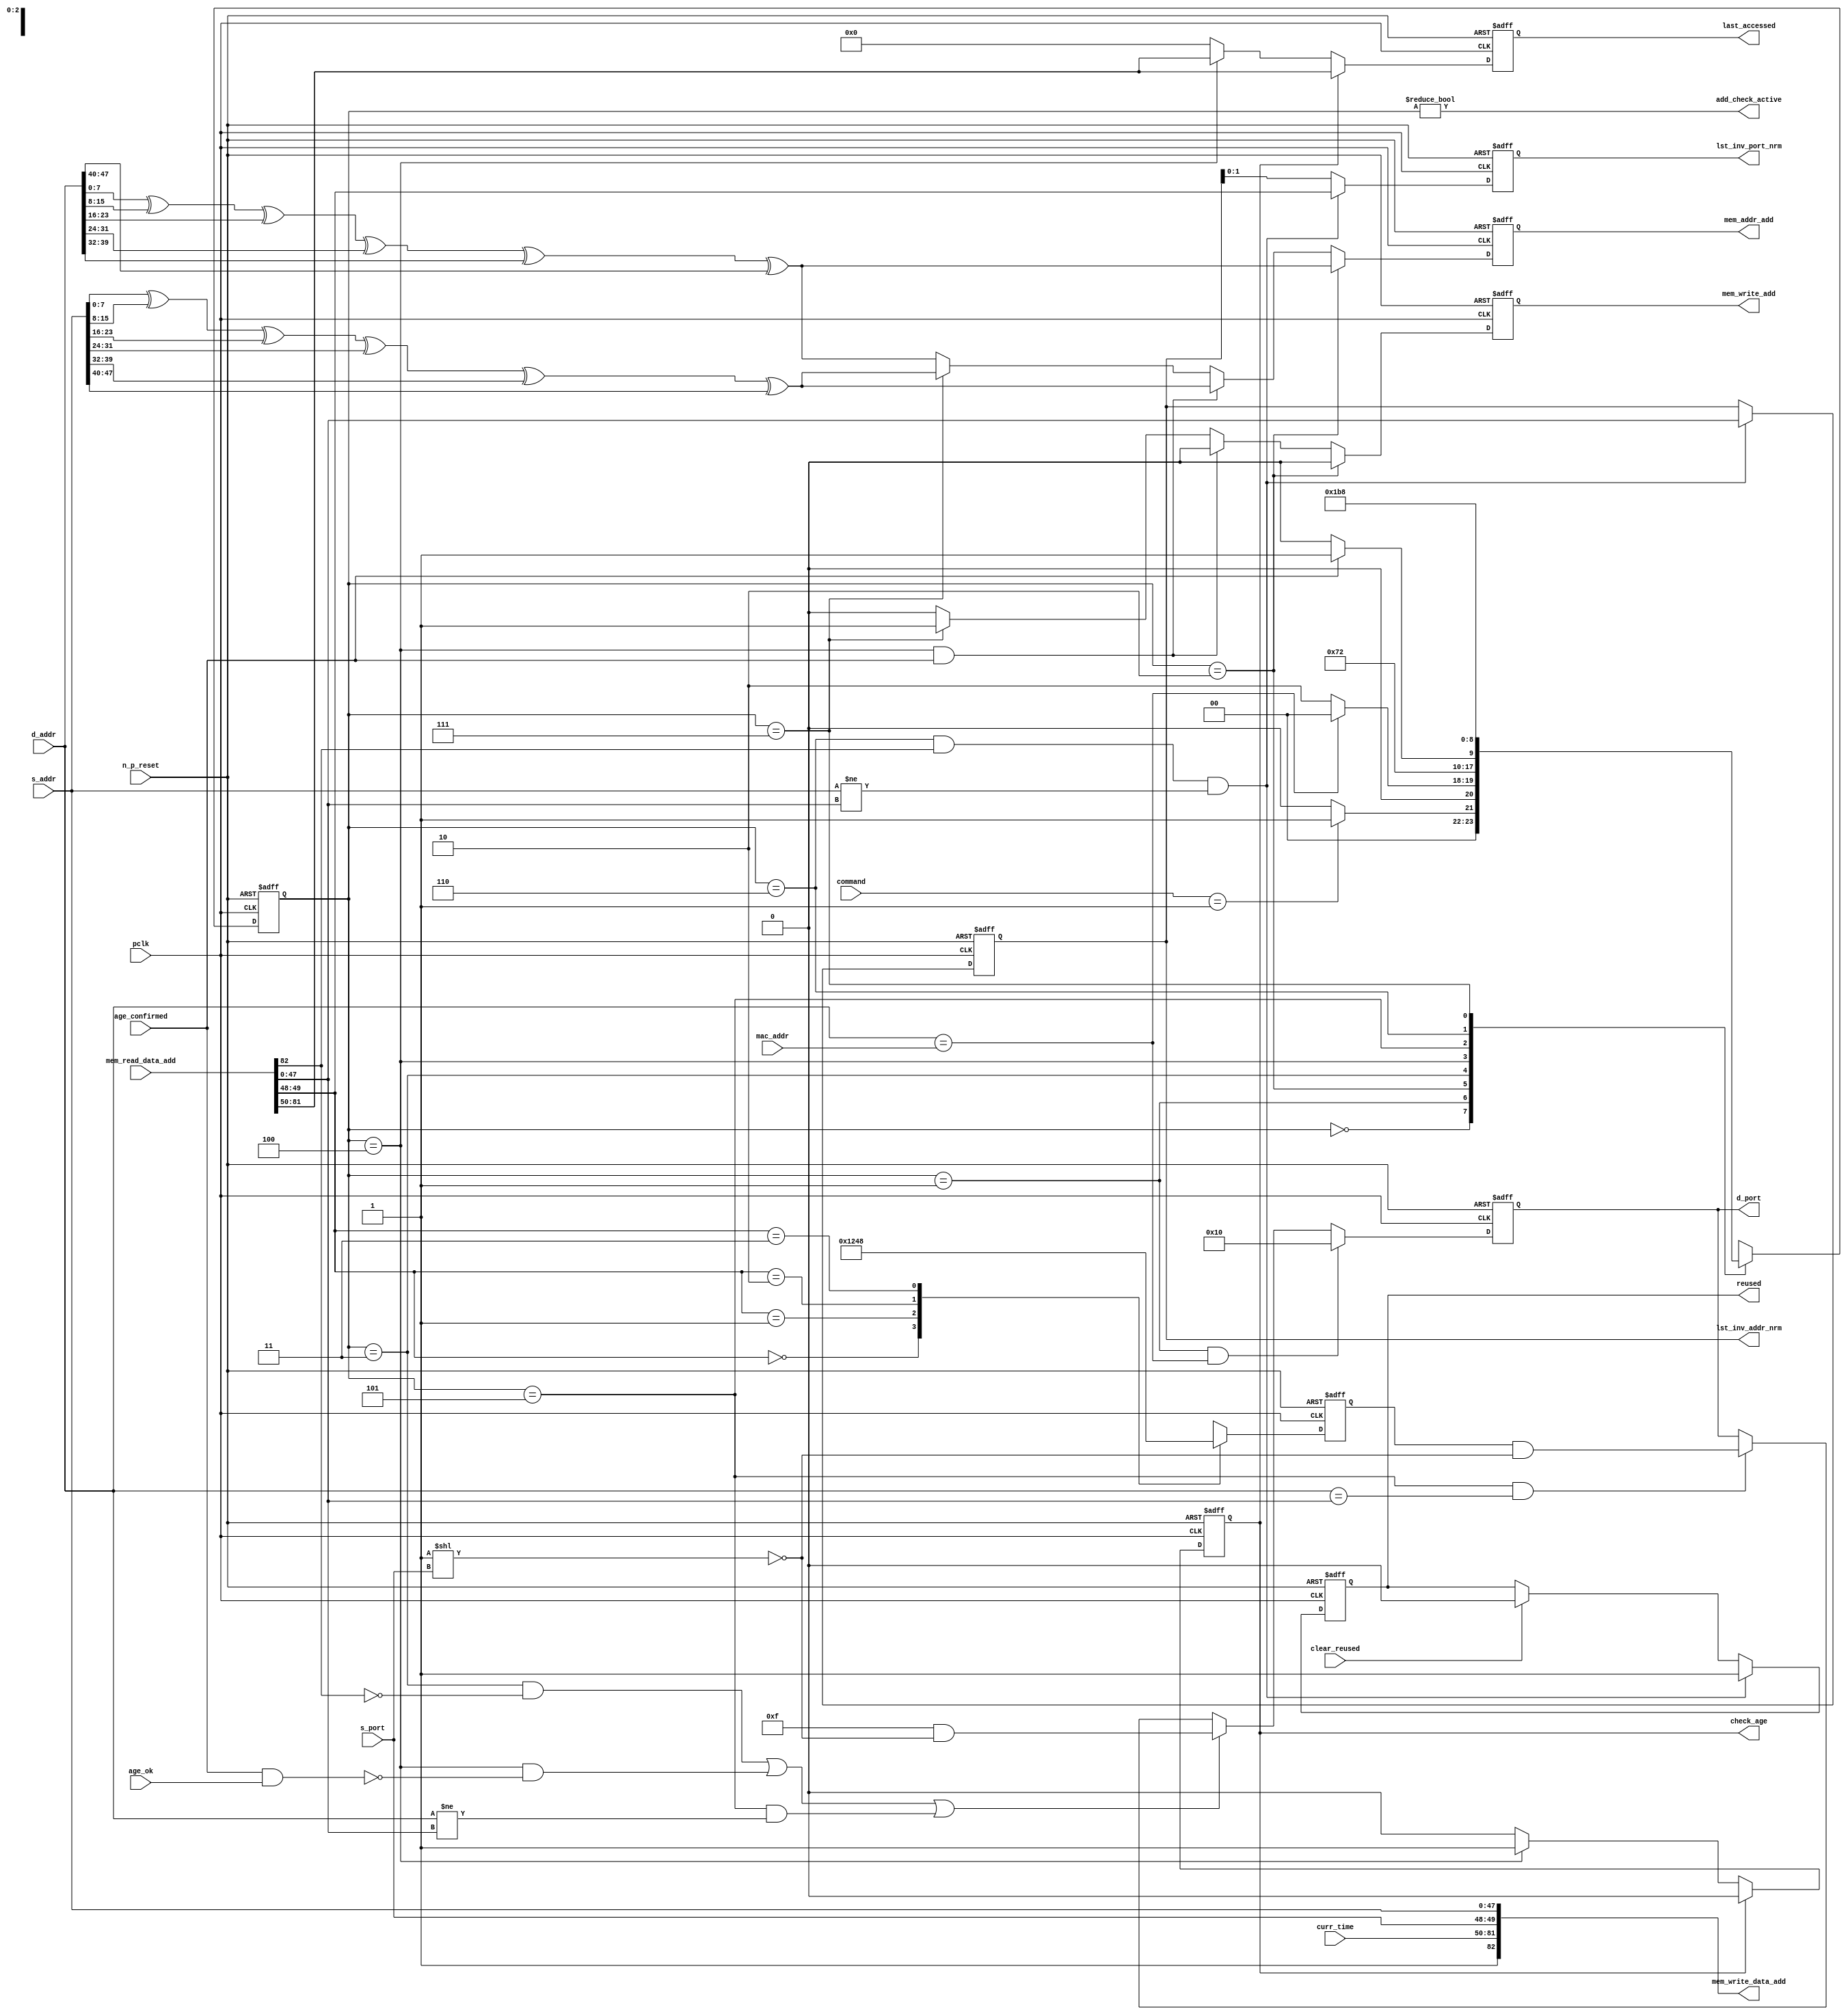
module alut_addr_checker
(   
   // Inputs
   pclk,
   n_p_reset,
   command,
   mac_addr,
   d_addr,
   s_addr,
   s_port,
   curr_time,
   mem_read_data_add,
   age_confirmed,
   age_ok,
   clear_reused,

   //outputs
   d_port,
   add_check_active,
   mem_addr_add,
   mem_write_add,
   mem_write_data_add,
   lst_inv_addr_nrm,
   lst_inv_port_nrm,
   check_age,
   last_accessed,
   reused
);



   input               pclk;               // APB clock                           
   input               n_p_reset;          // Reset                               
   input [1:0]         command;            // command bus                        
   input [47:0]        mac_addr;           // address of the switch              
   input [47:0]        d_addr;             // address of frame to be checked     
   input [47:0]        s_addr;             // address of frame to be stored      
   input [1:0]         s_port;             // source port of current frame       
   input [31:0]        curr_time;          // current time,for storing in mem    
   input [82:0]        mem_read_data_add;  // read data from mem                 
   input               age_confirmed;      // valid flag from age checker        
   input               age_ok;             // result from age checker 
   input               clear_reused;       // read/clear flag for reused signal           

   output [4:0]        d_port;             // calculated destination port for tx 
   output              add_check_active;   // bit 0 of status register           
   output [7:0]        mem_addr_add;       // hash address for R/W to memory     
   output              mem_write_add;      // R/W flag (write = high)            
   output [82:0]       mem_write_data_add; // write data for memory             
   output [47:0]       lst_inv_addr_nrm;   // last invalidated addr normal op    
   output [1:0]        lst_inv_port_nrm;   // last invalidated port normal op    
   output              check_age;          // request flag for age check
   output [31:0]       last_accessed;      // time field sent for age check
   output              reused;             // indicates ALUT location overwritten

   reg   [2:0]         add_chk_state;      // current address checker state
   reg   [2:0]         nxt_add_chk_state;  // current address checker state
   reg   [4:0]         d_port;             // calculated destination port for tx 
   reg   [3:0]         port_mem;           // bitwise conversion of 2bit port
   reg   [7:0]         mem_addr_add;       // hash address for R/W to memory
   reg                 mem_write_add;      // R/W flag (write = high)            
   reg                 reused;             // indicates ALUT location overwritten
   reg   [47:0]        lst_inv_addr_nrm;   // last invalidated addr normal op    
   reg   [1:0]         lst_inv_port_nrm;   // last invalidated port normal op    
   reg                 check_age;          // request flag for age checker
   reg   [31:0]        last_accessed;      // time field sent for age check


   wire   [7:0]        s_addr_hash;        // hash of address for storing
   wire   [7:0]        d_addr_hash;        // hash of address for checking
   wire   [82:0]       mem_write_data_add; // write data for memory  
   wire                add_check_active;   // bit 0 of status register           


// Parameters for Address Checking FSM states
   parameter idle           = 3'b000;
   parameter mac_addr_chk   = 3'b001;
   parameter read_dest_add  = 3'b010;
   parameter valid_chk      = 3'b011;
   parameter age_chk        = 3'b100;
   parameter addr_chk       = 3'b101;
   parameter read_src_add   = 3'b110;
   parameter write_src      = 3'b111;


// -----------------------------------------------------------------------------
//   Hash conversion of source and destination addresses
// -----------------------------------------------------------------------------
   assign s_addr_hash = s_addr[7:0] ^ s_addr[15:8] ^ s_addr[23:16] ^
                        s_addr[31:24] ^ s_addr[39:32] ^ s_addr[47:40];

   assign d_addr_hash = d_addr[7:0] ^ d_addr[15:8] ^ d_addr[23:16] ^
                        d_addr[31:24] ^ d_addr[39:32] ^ d_addr[47:40];



// -----------------------------------------------------------------------------
//   State Machine For handling the destination address checking process and
//   and storing of new source address and port values.
// -----------------------------------------------------------------------------
always @ (command or add_chk_state or age_confirmed or age_ok)
   begin
      case (add_chk_state)
      
      idle:
         if (command == 2'b01)
            nxt_add_chk_state = mac_addr_chk;
         else
            nxt_add_chk_state = idle;

      mac_addr_chk:   // check if destination address match MAC switch address
         if (d_addr == mac_addr)
            nxt_add_chk_state = idle;  // return dest port as 5'b1_0000
         else
            nxt_add_chk_state = read_dest_add;

      read_dest_add:       // read data from memory using hash of destination address
            nxt_add_chk_state = valid_chk;

      valid_chk:      // check if read data had valid bit set
         nxt_add_chk_state = age_chk;

      age_chk:        // request age checker to check if still in date
         if (age_confirmed)
            nxt_add_chk_state = addr_chk;
         else
            nxt_add_chk_state = age_chk; 

      addr_chk:       // perform compare between dest and read addresses
            nxt_add_chk_state = read_src_add; // return read port from ALUT mem

      read_src_add:   // read from memory location about to be overwritten
            nxt_add_chk_state = write_src; 

      write_src:      // write new source data (addr and port) to memory
            nxt_add_chk_state = idle; 

      default:
            nxt_add_chk_state = idle;
      endcase
   end


// destination check FSM current state
always @ (posedge pclk or negedge n_p_reset)
   begin
   if (~n_p_reset)
      add_chk_state <= idle;
   else
      add_chk_state <= nxt_add_chk_state;
   end



// -----------------------------------------------------------------------------
//   Generate returned value of port for sending new frame to
// -----------------------------------------------------------------------------
always @ (posedge pclk or negedge n_p_reset)
   begin
   if (~n_p_reset)
      d_port <= 5'b0_1111;
   else if ((add_chk_state == mac_addr_chk) & (d_addr == mac_addr))
      d_port <= 5'b1_0000;
   else if (((add_chk_state == valid_chk) & ~mem_read_data_add[82]) |
            ((add_chk_state == age_chk) & ~(age_confirmed & age_ok)) |
            ((add_chk_state == addr_chk) & (d_addr != mem_read_data_add[47:0])))
      d_port <= 5'b0_1111 & ~( 1 << s_port );
   else if ((add_chk_state == addr_chk) & (d_addr == mem_read_data_add[47:0]))
      d_port <= {1'b0, port_mem} & ~( 1 << s_port );
   else
      d_port <= d_port;
   end


// -----------------------------------------------------------------------------
//   convert read port source value from 2bits to bitwise 4 bits
// -----------------------------------------------------------------------------
always @ (posedge pclk or negedge n_p_reset)
   begin
   if (~n_p_reset)
      port_mem <= 4'b1111;
   else begin
      case (mem_read_data_add[49:48])
         2'b00: port_mem <= 4'b0001;
         2'b01: port_mem <= 4'b0010;
         2'b10: port_mem <= 4'b0100;
         2'b11: port_mem <= 4'b1000;
      endcase
   end
   end
   


// -----------------------------------------------------------------------------
//   Set active bit of status, decoded off add_chk_state
// -----------------------------------------------------------------------------
assign add_check_active = (add_chk_state != 3'b000);


// -----------------------------------------------------------------------------
//   Generate memory addressing signals.
//   The check address command will be taken as the indication from SW that the 
//   source fields (address and port) can be written to memory. 
// -----------------------------------------------------------------------------
always @ (posedge pclk or negedge n_p_reset)
   begin
   if (~n_p_reset) 
   begin
       mem_write_add <= 1'b0;
       mem_addr_add  <= 8'd0;
   end
   else if (add_chk_state == read_dest_add)
   begin
       mem_write_add <= 1'b0;
       mem_addr_add  <= d_addr_hash;
   end
// Need to set address two cycles before check
   else if ( (add_chk_state == age_chk) && age_confirmed )
   begin
       mem_write_add <= 1'b0;
       mem_addr_add  <= s_addr_hash;
   end
   else if (add_chk_state == write_src)
   begin
       mem_write_add <= 1'b1;
       mem_addr_add  <= s_addr_hash;
   end
   else
   begin
       mem_write_add <= 1'b0;
       mem_addr_add  <= d_addr_hash;
   end
   end


// -----------------------------------------------------------------------------
//   Generate databus for writing to memory
//   Data written to memory from address checker will always be valid
// -----------------------------------------------------------------------------
assign mem_write_data_add = {1'b1, curr_time, s_port, s_addr};



// -----------------------------------------------------------------------------
//   Evaluate read back data that is about to be overwritten with new source 
//   address and port values. Decide whether the reused flag must be set and
//   last_inval address and port values updated.
//   reused needs to be implemented as read and clear
// -----------------------------------------------------------------------------
always @ (posedge pclk or negedge n_p_reset)
   begin
   if (~n_p_reset) 
   begin
      reused <= 1'b0;
      lst_inv_addr_nrm <= 48'd0;
      lst_inv_port_nrm <= 2'd0;
   end
   else if ((add_chk_state == read_src_add) & mem_read_data_add[82] &
            (s_addr != mem_read_data_add[47:0]))
   begin
      reused <= 1'b1;
      lst_inv_addr_nrm <= mem_read_data_add[47:0];
      lst_inv_port_nrm <= mem_read_data_add[49:48];
   end
   else if (clear_reused)
   begin
      reused <= 1'b0;
      lst_inv_addr_nrm <= lst_inv_addr_nrm;
      lst_inv_port_nrm <= lst_inv_addr_nrm;
   end
   else 
   begin
      reused <= reused;
      lst_inv_addr_nrm <= lst_inv_addr_nrm;
      lst_inv_port_nrm <= lst_inv_addr_nrm;
   end
   end


// -----------------------------------------------------------------------------
//   Generate signals for age checker to perform in-date check
// -----------------------------------------------------------------------------
always @ (posedge pclk or negedge n_p_reset)
   begin
   if (~n_p_reset) 
   begin
      check_age <= 1'b0;  
      last_accessed <= 32'd0;
   end
   else if (check_age)
   begin
      check_age <= 1'b0;  
      last_accessed <= mem_read_data_add[81:50];
   end
   else if (add_chk_state == age_chk)
   begin
      check_age <= 1'b1;  
      last_accessed <= mem_read_data_add[81:50];
   end
   else 
   begin
      check_age <= 1'b0;  
      last_accessed <= 32'd0;
   end
   end


`ifdef ABV_ON

// psl default clock = (posedge pclk);

// ASSERTION CHECKS
/* Commented out as also checking in toplevel
// it should never be possible for the destination port to indicate the MAC
// switch address and one of the other 4 Ethernets
// psl assert_valid_dest_port : assert never (d_port[4] & |{d_port[3:0]});


// COVER SANITY CHECKS
// check all values of destination port can be returned.
// psl cover_d_port_0 : cover { d_port == 5'b0_0001 };
// psl cover_d_port_1 : cover { d_port == 5'b0_0010 };
// psl cover_d_port_2 : cover { d_port == 5'b0_0100 };
// psl cover_d_port_3 : cover { d_port == 5'b0_1000 };
// psl cover_d_port_4 : cover { d_port == 5'b1_0000 };
// psl cover_d_port_all : cover { d_port == 5'b0_1111 };
*/
`endif


endmodule